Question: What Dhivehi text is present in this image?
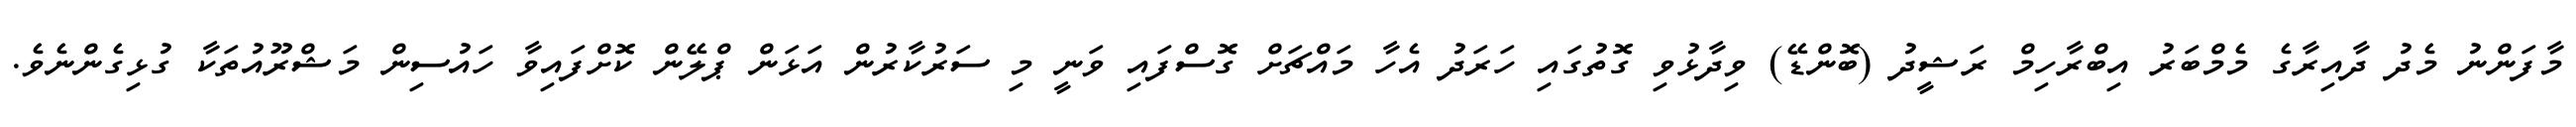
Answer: މާފަންނު މެދު ދާއިރާގެ މެމްބަރު އިބްރާހިމް ރަޝީދު (ބޮންޑޭ) ވިދާޅުވި ގޮތުގައި ހަރަދު އެހާ މައްޗަށް ގޮސްފައި ވަނީ މި ސަރުކާރުން އަޅަން ޕްލޭން ކޮށްފައިވާ ހައުސިން މަޝްރޫއުތަކާ ގުޅިގެންނެވެ.